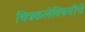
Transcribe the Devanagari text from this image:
चित्रकलेविषयीचे